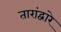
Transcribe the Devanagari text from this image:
तारांद्वारे